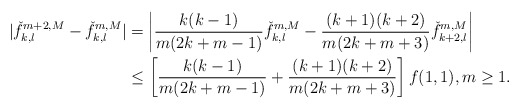
\begin{align*}|\check{f}_{k,l}^{m+2,M} - \check{f}_{k,l}^{m,M} | & = \left |\frac{k(k-1)}{m(2k+m-1)}\check{f}_{k,l}^{m,M} - \frac{(k+1)(k+2)}{m(2k+m+3)} \check{f}_{k+2,l}^{m,M} \right | \\& \leq \left[ \frac{k(k-1)}{m(2k+m-1)} + \frac{(k+1)(k+2)}{m(2k+m+3)}\right]f(1,1),m\geq 1.\end{align*}